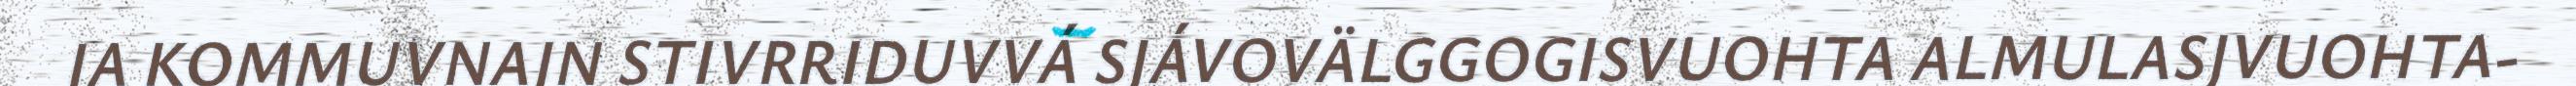
JA KOMMUVNAJN STIVRRIDUVVÁ SJÁVOVÄLGGOGISVUOHTA ALMULASJVUOHTA-